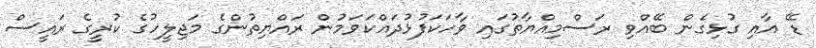
ޑޭ އާއި ގުޅިގެން ބޭއްވި ރަސްމިއްޔާތުގައި ވާހަކަފުޅުދައްކަވަމުން ރައްޔިތުންގެ މަޖިލީހުގެ ކުރީގެ ރައީސް